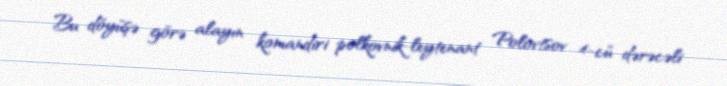
Bu döyüşə görə alayın komandiri polkovnik-leytenant Polovtsov 4-cü dərəcəli